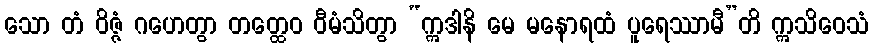
သော တံ ဝိဇ္ဇံ ဂဟေတွာ တတ္ထေဝ ဝီမံသိတွာ “ဣဒါနိ မေ မနောရထံ ပူရေဿာမီ”တိ ဣသိဝေသံ